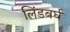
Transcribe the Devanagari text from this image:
लिंडबर्घ